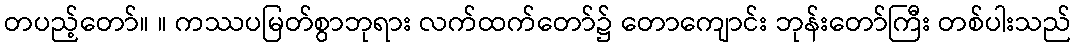
တပည့်တော်။ ။ ကဿပမြတ်စွာဘုရား လက်ထက်တော်၌ တောကျောင်း ဘုန်းတော်ကြီး တစ်ပါးသည်